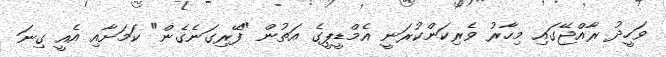
ވަހީދު ރާއްޖޭގައި މިހާރު ވެރިކަންކުރަނީ އެމްޑީޕީގެ އަތުން "ފޭރިގަނެގެން" ކަމަށާއި އެއީ ގިނަ